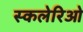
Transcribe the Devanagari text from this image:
स्कलेरिओ